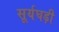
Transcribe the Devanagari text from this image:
सूर्यघड़ी